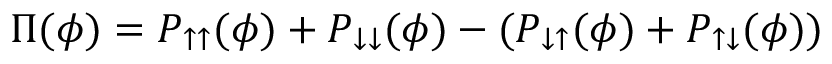
\Pi ( \phi ) = P _ { \uparrow \uparrow } ( \phi ) + P _ { \downarrow \downarrow } ( \phi ) - ( P _ { \downarrow \uparrow } ( \phi ) + P _ { \uparrow \downarrow } ( \phi ) )